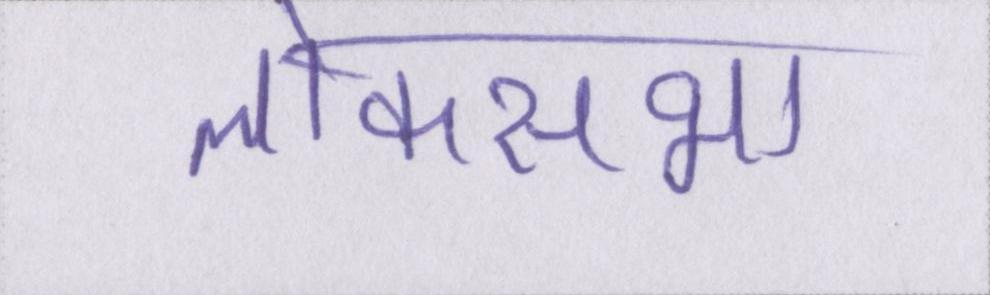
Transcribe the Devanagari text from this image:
लोकसभा